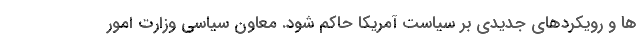
ها و رویکردهای جدیدی بر سیاست آمریکا حاکم شود. معاون سیاسی وزارت امور